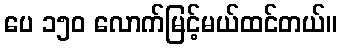
ပေ ၁၅၀ လောက်မြင့်မယ်ထင်တယ်။